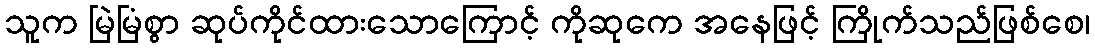
သူက မြဲမြံစွာ ဆုပ်ကိုင်ထားသောကြောင့် ကိုဆုကေ အနေဖြင့် ကြိုက်သည်ဖြစ်စေ၊